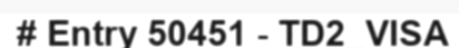
# Entry 50451 - TD2_VISA